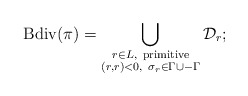
\begin{align*}{\rm Bdiv}(\pi) = \bigcup_{\substack{r \in L,\ \textrm{primitive} \\ (r,r) < 0,\ \sigma_r \in \Gamma \cup -\Gamma}}\mathcal D_r;\end{align*}